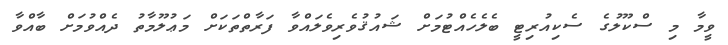
ވީމާ މި ސްކޫލުގެ ސެކިއުރިޓީ ބެލެހެއްޓުމަށް ޝައުޤުވެރިވެލައްވާ ފަރާތްތަކަށް މަޢުލޫމާތު ދެއްވުމަށް ބާއްވާ